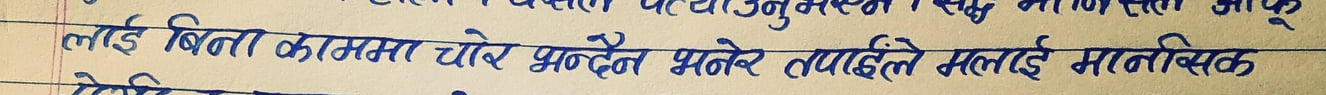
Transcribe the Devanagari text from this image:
लाई बिना काममा चोर्ने प्राप्दैन भनेर तपाईंले सधैं मानसिक